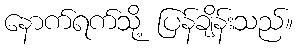
နောက်ရက်သို့ ပြန်ချိန်းသည်။